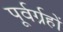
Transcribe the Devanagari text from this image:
पूर्वर्ग्रहों